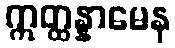
ဣတ္ထန္နာမေန